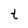
Character: t